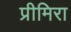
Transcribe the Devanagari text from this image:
प्रीमिरा